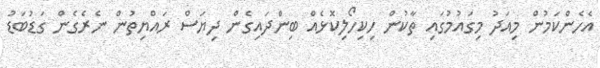
އެހެންކަމުން މިއަދު މިގައުމުގައި ތާކުން ހިކިހޯލިކޮޅެއް ބިންދައިގެން ދިޔަސް ރައްޔިތުން ނެރެގެން ގަޑުބަޑު